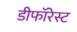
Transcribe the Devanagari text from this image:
डीफॉरेस्ट